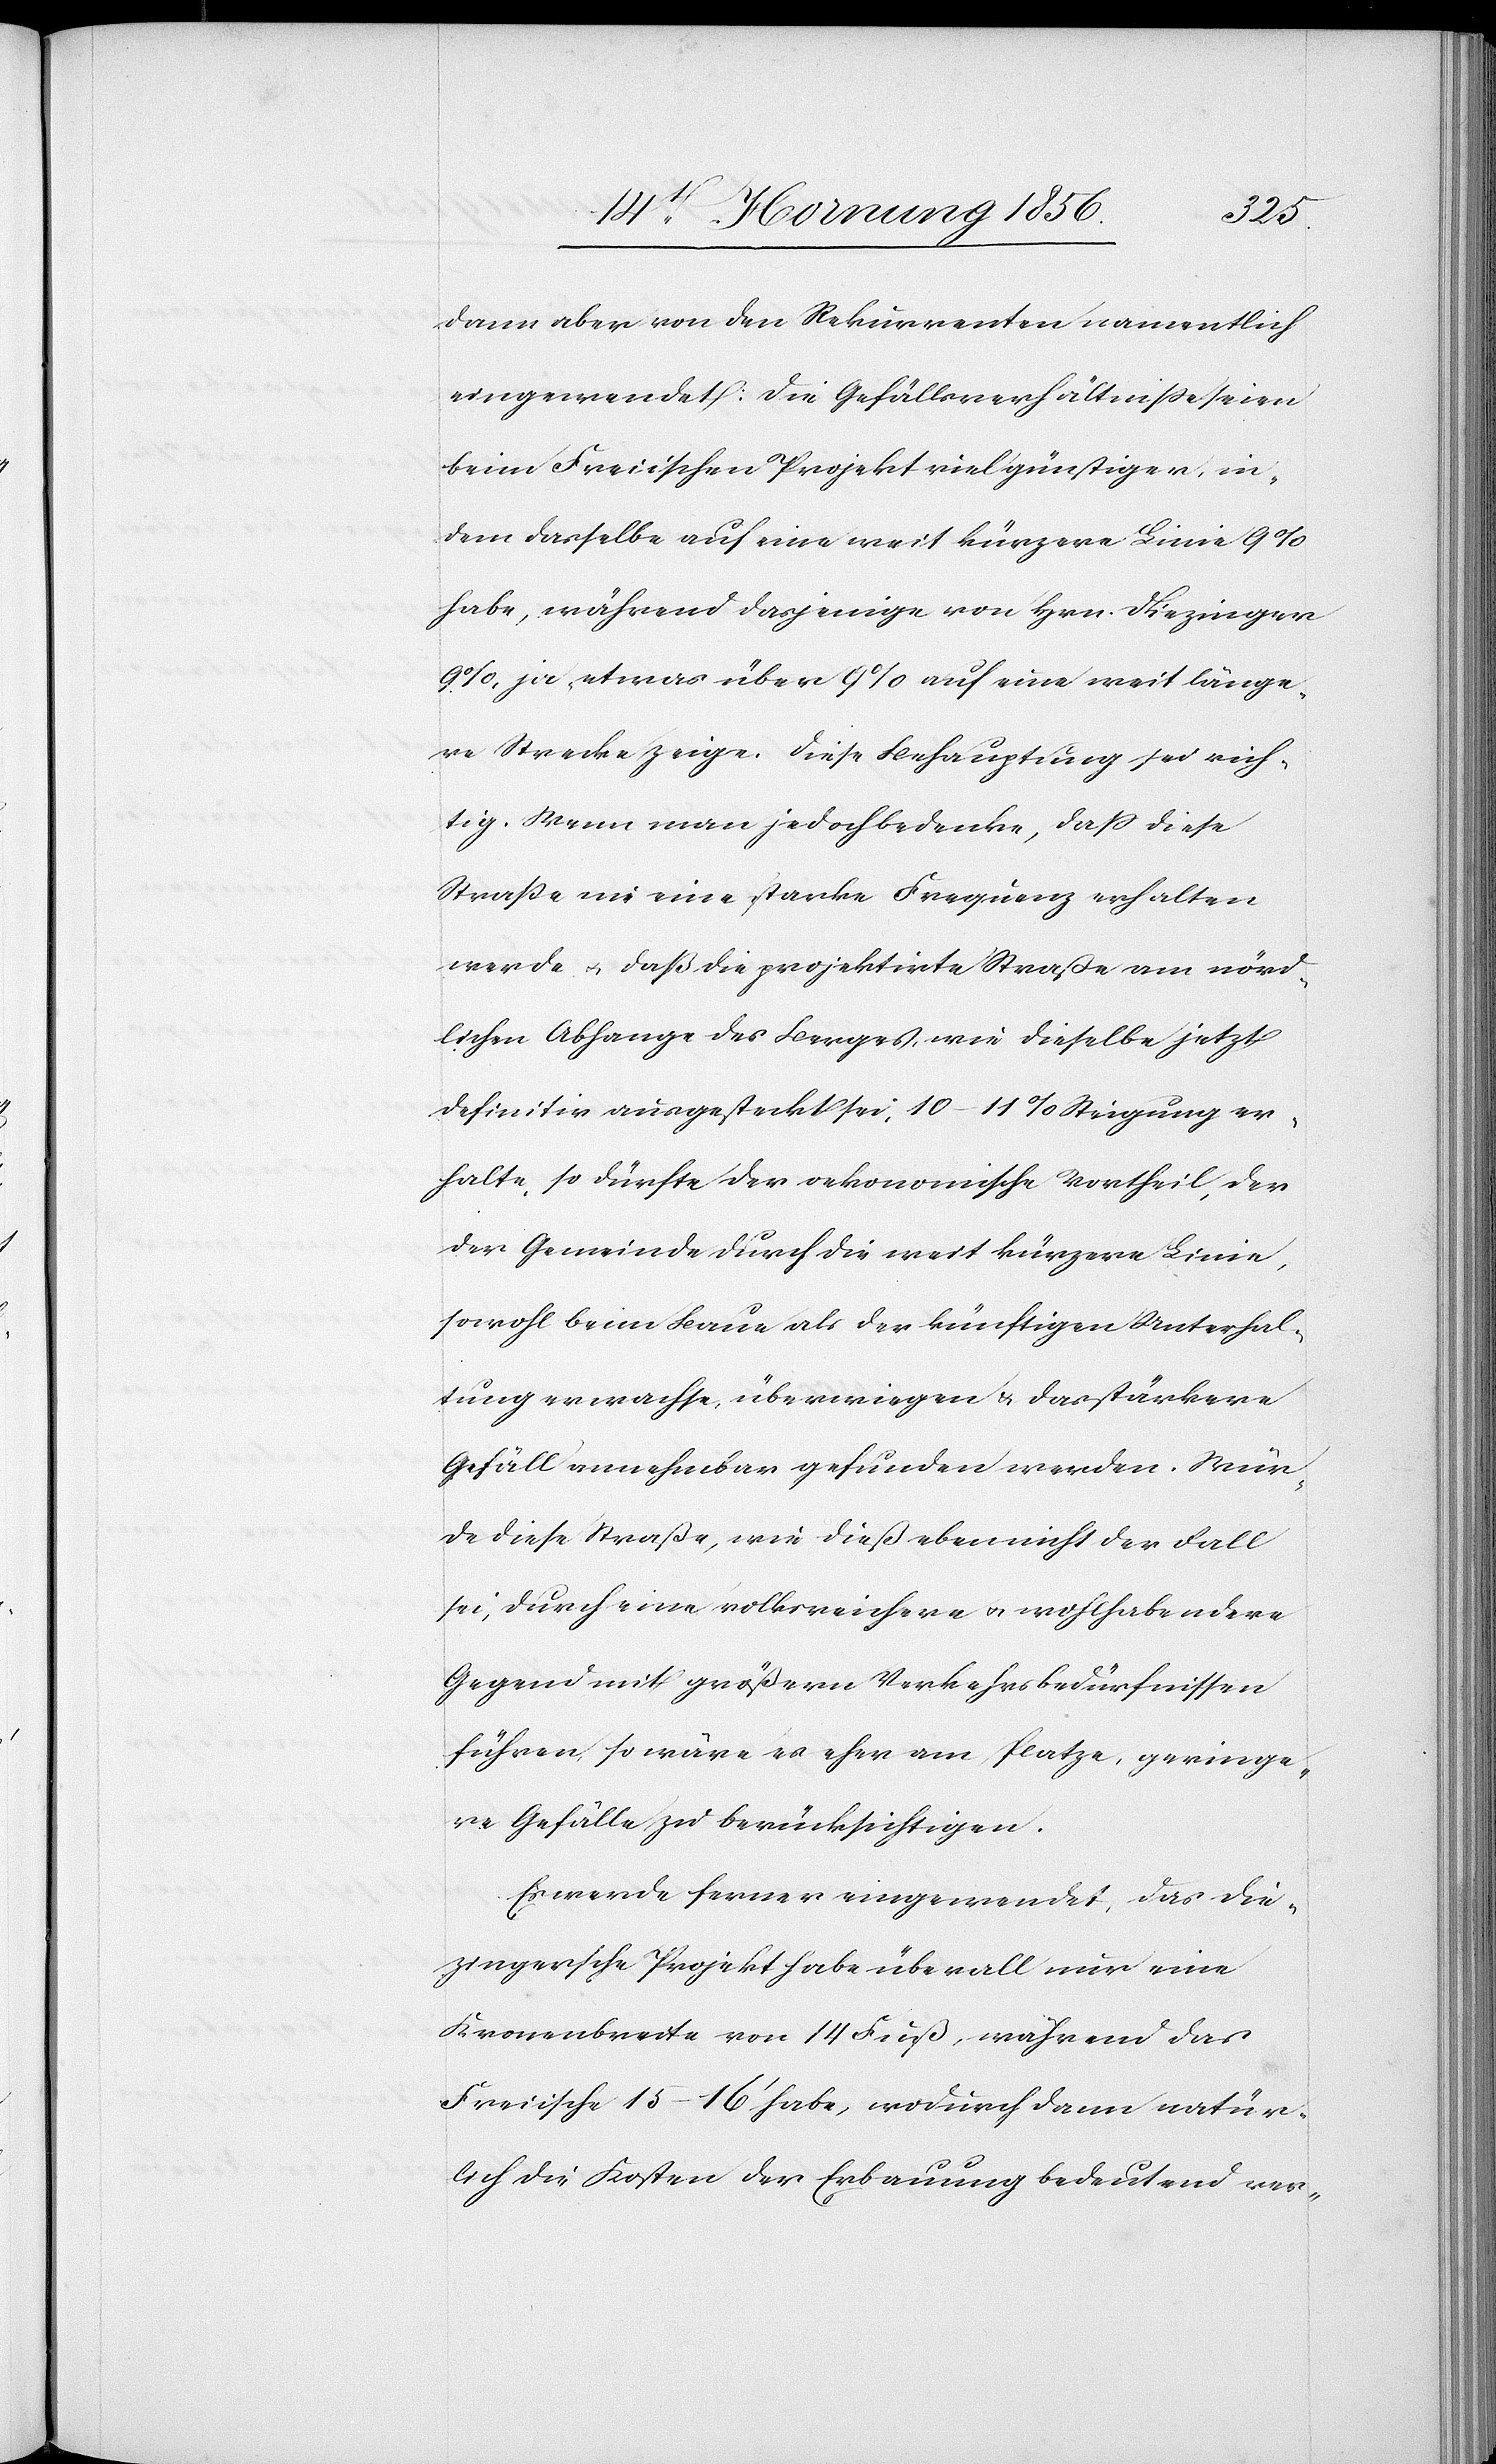
dann aber von den Rekurrenten namentlich
eingewendet: Die Gefällsverhältniße seien
beim Freiischen Projekt viel günstiger, in¬
dem dasselbe auf eine weit kürzere Linie 9%
habe, während dasjenige von Hrn. Diezinger
9%, ja, etwas über 9% auf eine weit länge¬
re Strecke zeige. Diese Behauptung sei rich¬
tig. Wenn man jedoch bedenke, daß diese
Straße nie eine starke Frequenz erhalten
werde u. daß die projektirte Straße am nörd¬
lichen Abhange des Berges, wie dieselbe jetzt
definitiv ausgesteckt sei, 10–11% Steigung er¬
halte, so dürfte der oekonomische Vortheil, der
der Gemeinde durch die weit kürzere Linie,
sowohl beim Baue als der künftigen Unterhal¬
tung erwachse, überwiegen & das stärkere
Gefäll annehmbar gefunden werden. Wür¬
de diese Straße, wie dieß eben nicht der Fall
sei, durch eine volksreichere u. wohlhabendere
Gegend mit größern Verkehrsbedürfnissen
führen, so wäre es eher am Platze, geringe¬
re Gefälle zu berücksichtigen.
Es werde ferner eingewendet, das Die¬
zingersche Projekt habe überall nur eine
Kronenbreite von 14 Fuß, während das
Freiische 15–16’ habe, wodurch dann natür¬
lich die Kosten der Erbauung bedeutend ver-